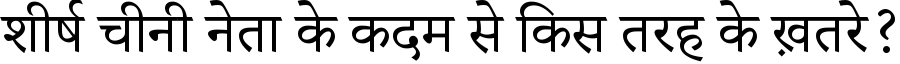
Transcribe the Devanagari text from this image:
शीर्ष चीनी नेता के कदम से किस तरह के ख़तरे?